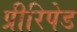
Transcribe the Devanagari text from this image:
प्रीरिपेड